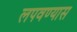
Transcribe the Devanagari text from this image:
लपवण्यास